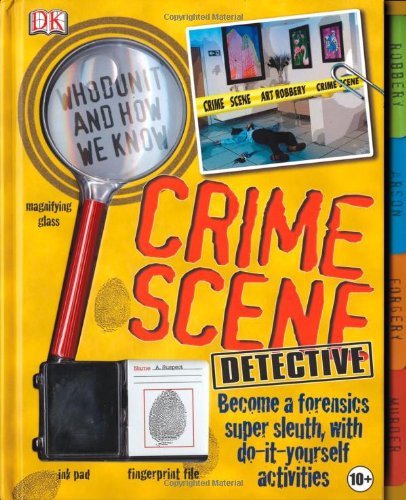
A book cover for Crime Scene Detective; Carey Scott; Children's Books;